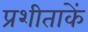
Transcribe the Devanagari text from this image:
प्रशीताकें